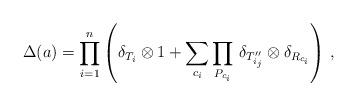
LaTeX: \begin{align*}\Delta (a) = \prod_{i=1}^n \left( \delta_{T_i} \otimes 1 + \sum_{c_i} \prod_{P_{c_i}} \, \delta_{T''_{i_j}} \otimes \delta_{R_{c_i}} \right) \, , \end{align*}